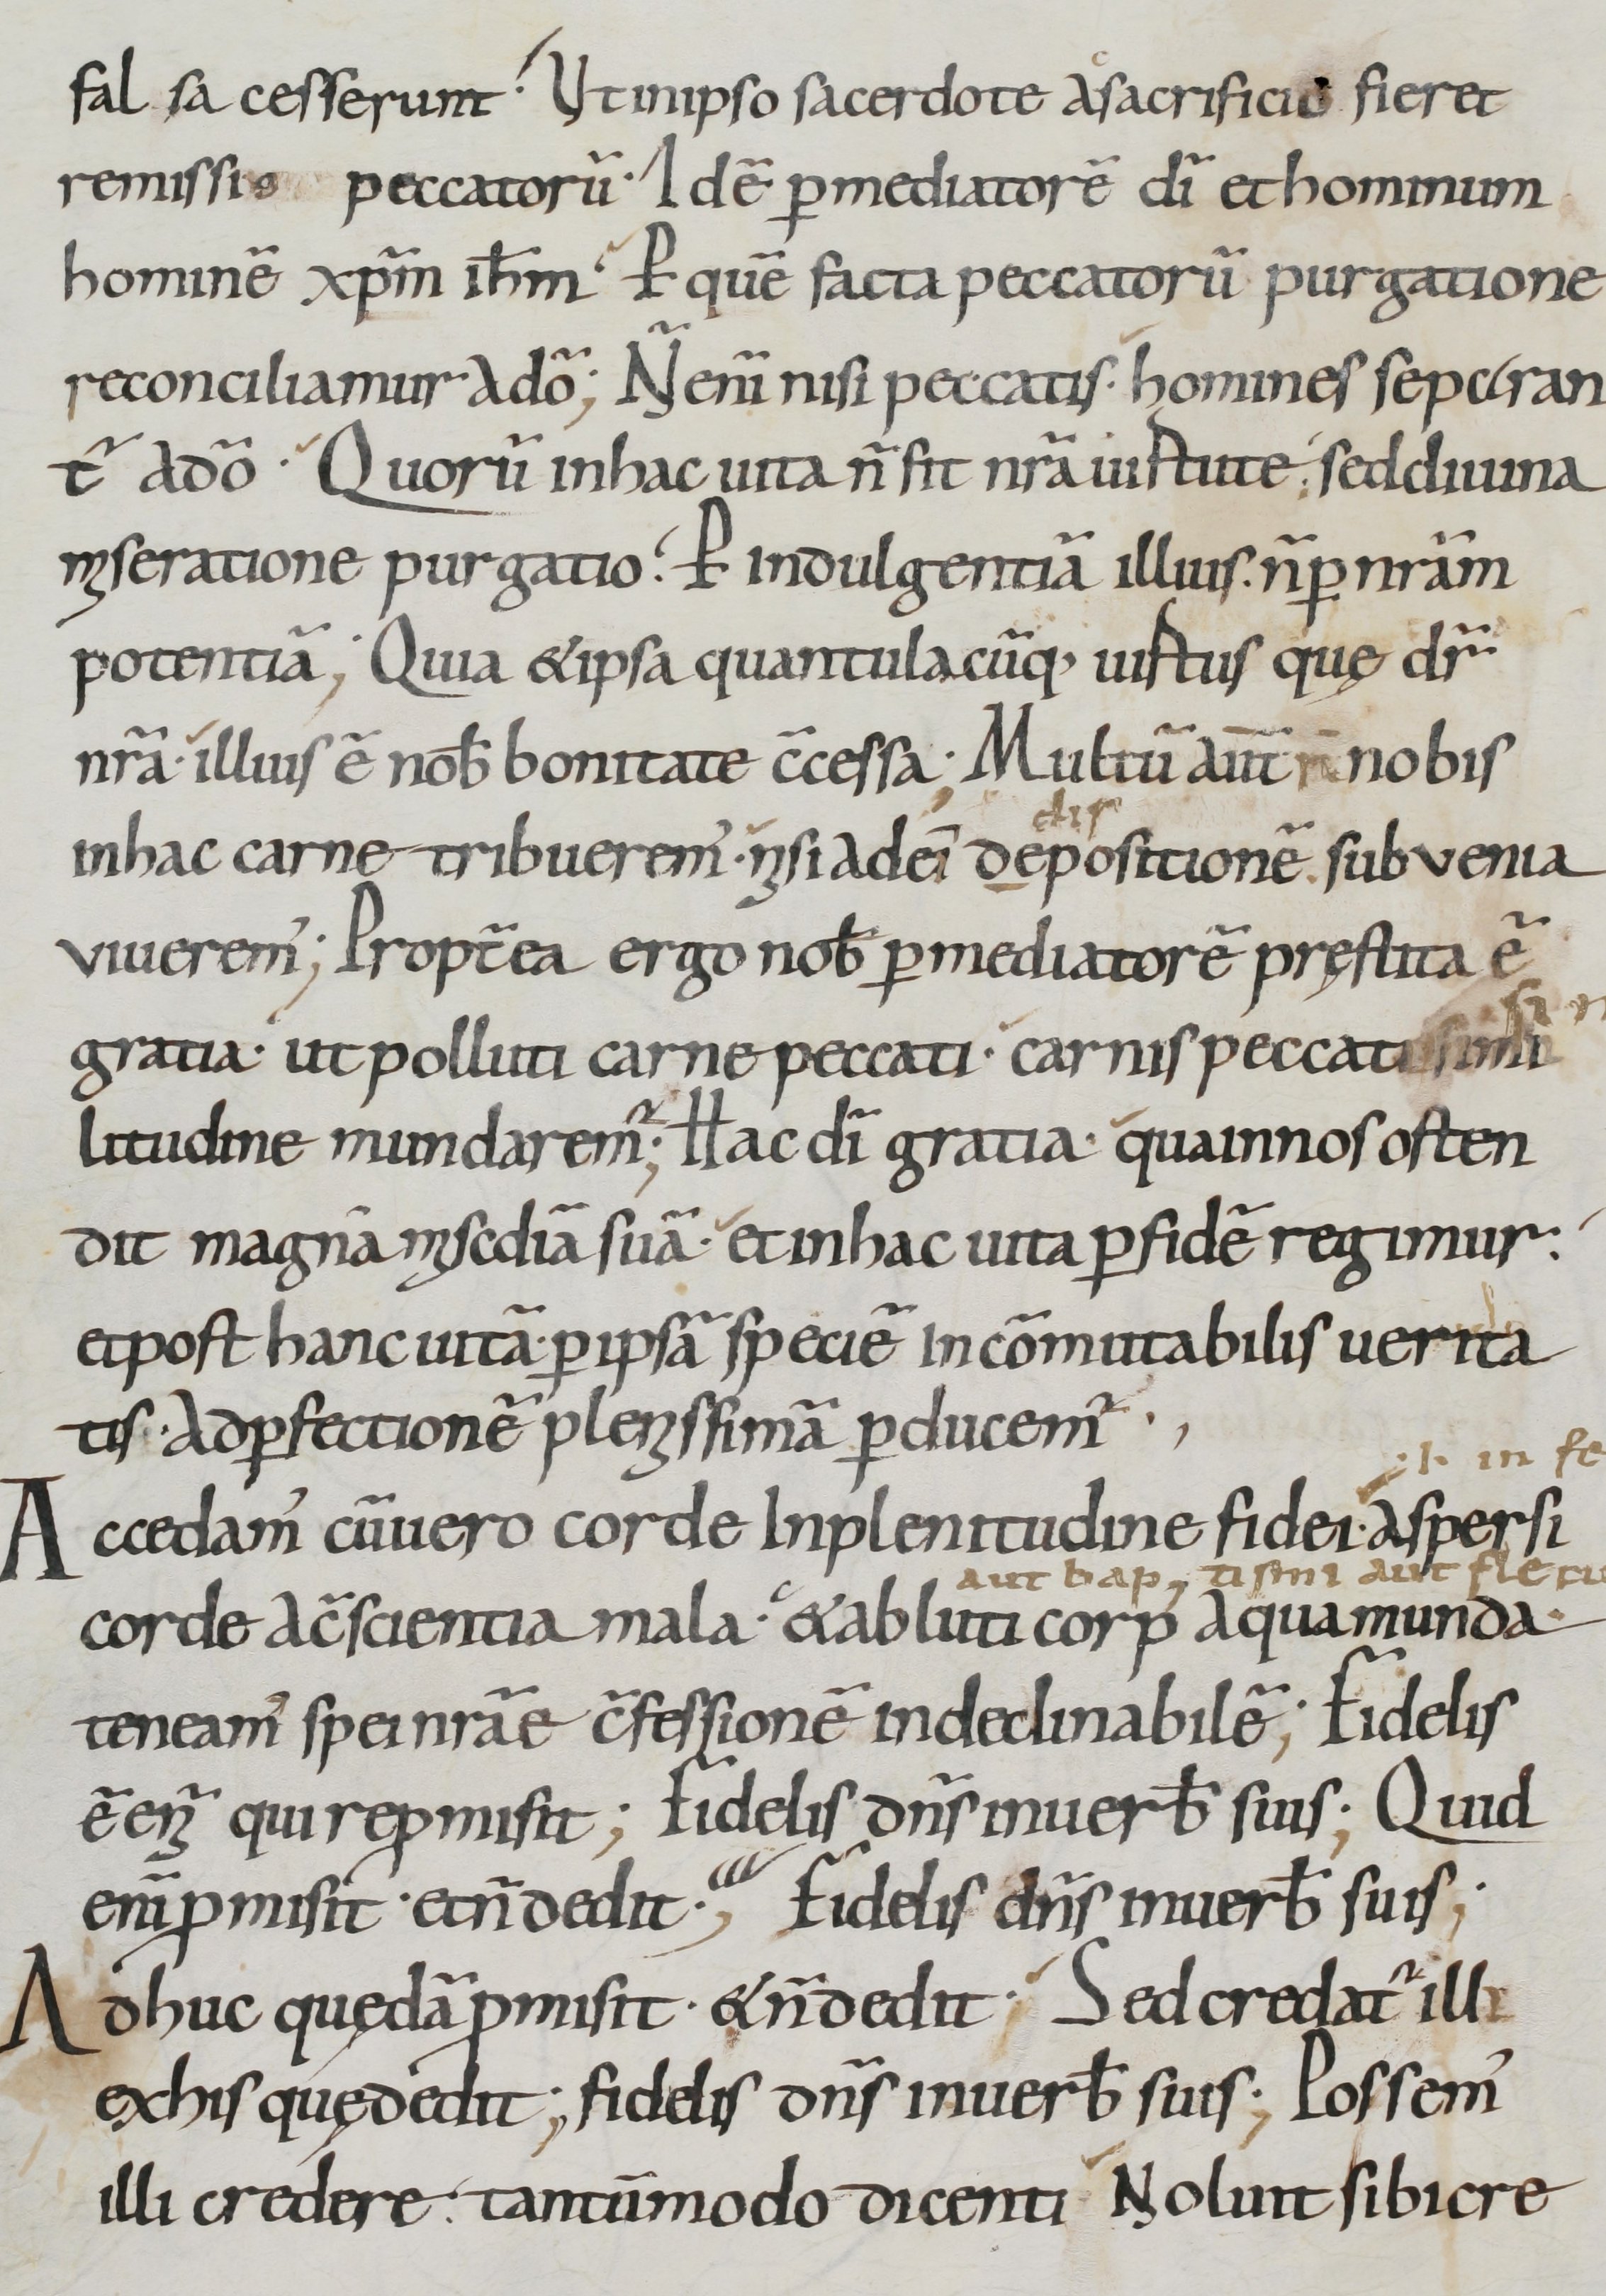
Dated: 800–899